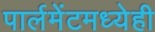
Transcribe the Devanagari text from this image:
पार्लमेंटमध्येही